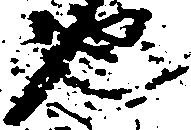
也